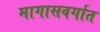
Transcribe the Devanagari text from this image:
मागासवर्गात